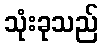
သုံးခုသည်